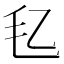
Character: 𪵖